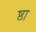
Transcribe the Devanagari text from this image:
ष्ठा